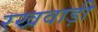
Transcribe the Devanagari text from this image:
रखवाड़ी